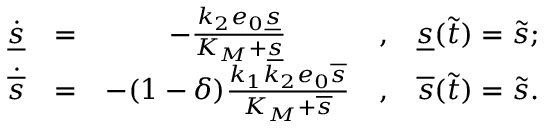
\begin{array} { r c c c l } { \dot { \underline { { s } } } } & { = } & { - \frac { k _ { 2 } e _ { 0 } \underline { { s } } } { K _ { M } + \underline { { s } } } } & { , } & { \underline { { s } } ( \widetilde t ) = \widetilde s ; } \\ { \dot { \overline { { s } } } } & { = } & { - ( 1 - \delta ) \frac { k _ { 1 } k _ { 2 } e _ { 0 } \overline { { s } } } { K _ { M } + \overline { { s } } } } & { , } & { \overline { { s } } ( \widetilde t ) = \widetilde s . } \end{array}